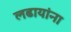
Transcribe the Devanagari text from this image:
लढायांना